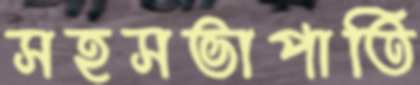
সহসভাপাতি